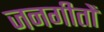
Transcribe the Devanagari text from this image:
जनगीतों